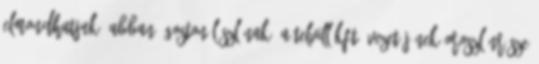
elmondhatjuk, abban Ágoston Lászlónak, a Telvill Kft. vezetőjének oroszlánrésze